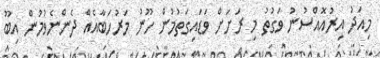
މިއަދު އިރުއޮއްސުނު ވަގުތު މި ރަށަށް ވަޑައިގަތުމުން ހޫނު މަރުހަބާއެއް ދެންނެވުމުން އިބޫ